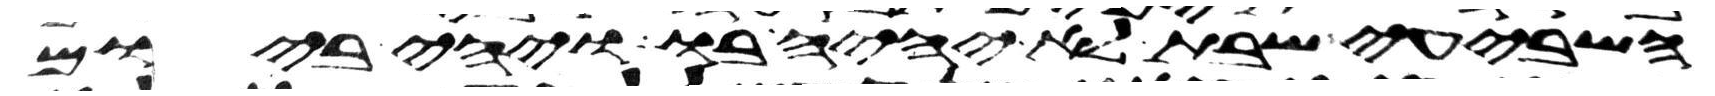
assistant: השביעי שבת לא יהיה בו ויהי ביום